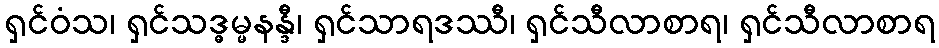
ရှင်ဝံသ၊ ရှင်သဒ္ဓမ္မနန္ဒီ၊ ရှင်သာရဒဿီ၊ ရှင်သီလာစာရ၊ ရှင်သီလာစာရ